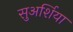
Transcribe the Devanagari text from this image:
सुअर्शिया